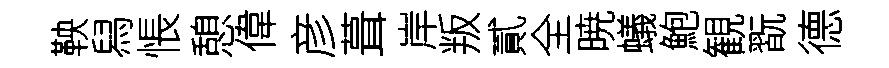
鞅舄悵憩偉彦葺岸叛貳全暁蟻鮑観翫德